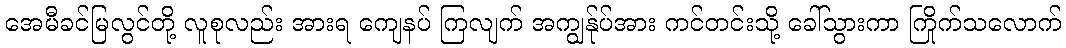
အေမီခင်မြလွင်တို့ လူစုလည်း အားရ ကျေနပ် ကြလျက် အကျွန်ုပ်အား ကင်တင်းသို့ ခေါ်သွားကာ ကြိုက်သလောက်